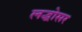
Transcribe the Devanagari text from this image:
लद्धोसर